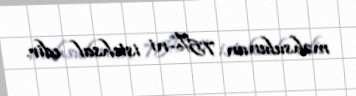
məhsulunun 75%-ni istehsal edir.